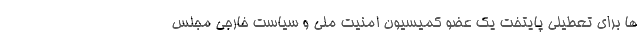
ها برای تعطیلی پایتخت یک عضو کمیسیون امنیت ملی و سیاست خارجی مجلس